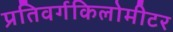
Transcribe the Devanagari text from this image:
प्रतिवर्गकिलोमीटर